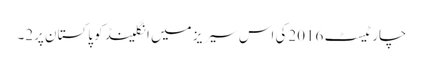
چار ٹیسٹ 2016کی اس سیریز میں انگلینڈ کو پاکستان پر2۔